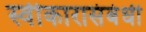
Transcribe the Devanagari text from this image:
स्वीकारासंबंधी